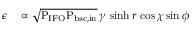
\begin{array} { r l } { \epsilon } & { { } \propto \sqrt { \mathrm { P _ { I F O } P _ { b s c , i n } } } \, \gamma \, \sinh r \, \cos \chi \sin \phi } \end{array}